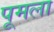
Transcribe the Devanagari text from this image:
पूमला